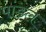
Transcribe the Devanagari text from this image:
पांडल